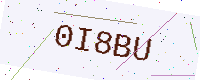
Text: 0I8BU